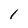
Character: 1